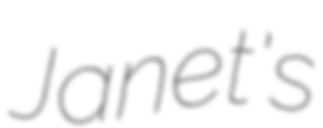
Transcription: Janet's